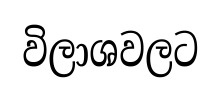
විලාශවලට